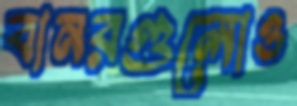
বানরগুলোও